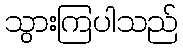
သွားကြပါသည်